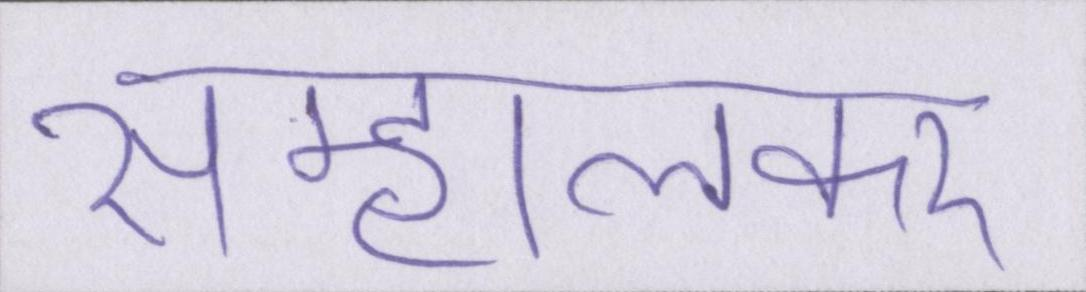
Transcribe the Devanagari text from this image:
सम्हालकर